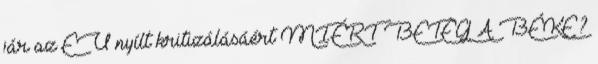
jár az EU nyílt kritizálásáért MIÉRT BETEG A BÉKE?